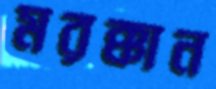
মরক্কান